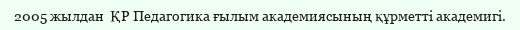
2005 жылдан  ҚР Педагогика ғылым академиясының құрметті академигі.